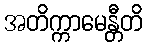
အတိက္ကာမေန္တီတိ